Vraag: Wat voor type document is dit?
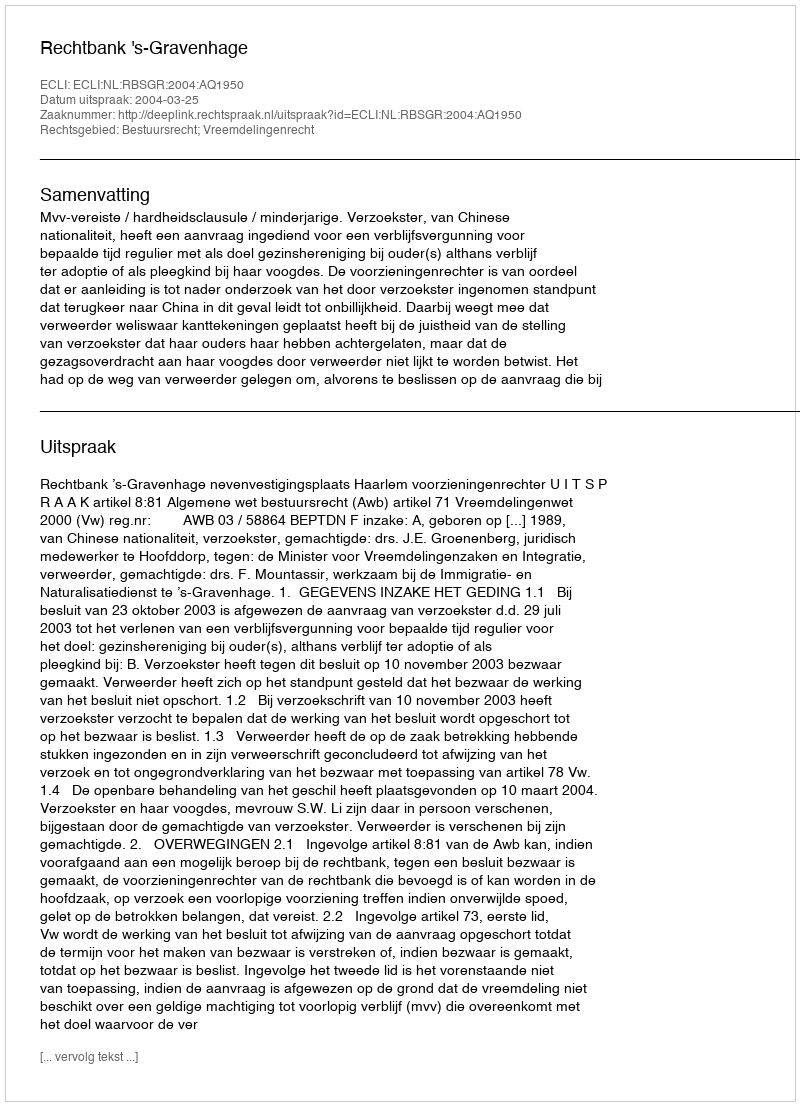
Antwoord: Uitspraak